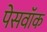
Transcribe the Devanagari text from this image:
पेसवॉक